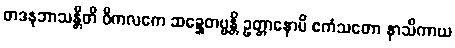
တဒနုဘာသန္တီတိ ဝိကလကေ ဆဍ္ဍေတဗ္ဗန္တိ ဥတ္တာနောပိ ဧကံသတော နာသိကာယ